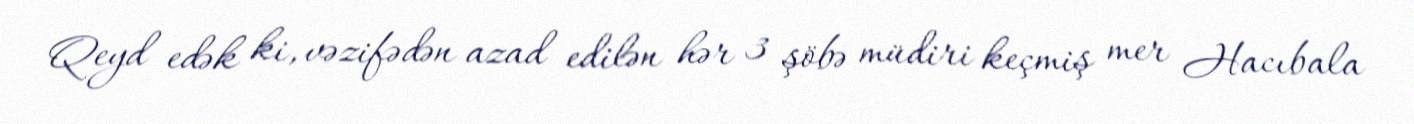
Qeyd edək ki, vəzifədən azad edilən hər 3 şöbə müdiri keçmiş mer Hacıbala